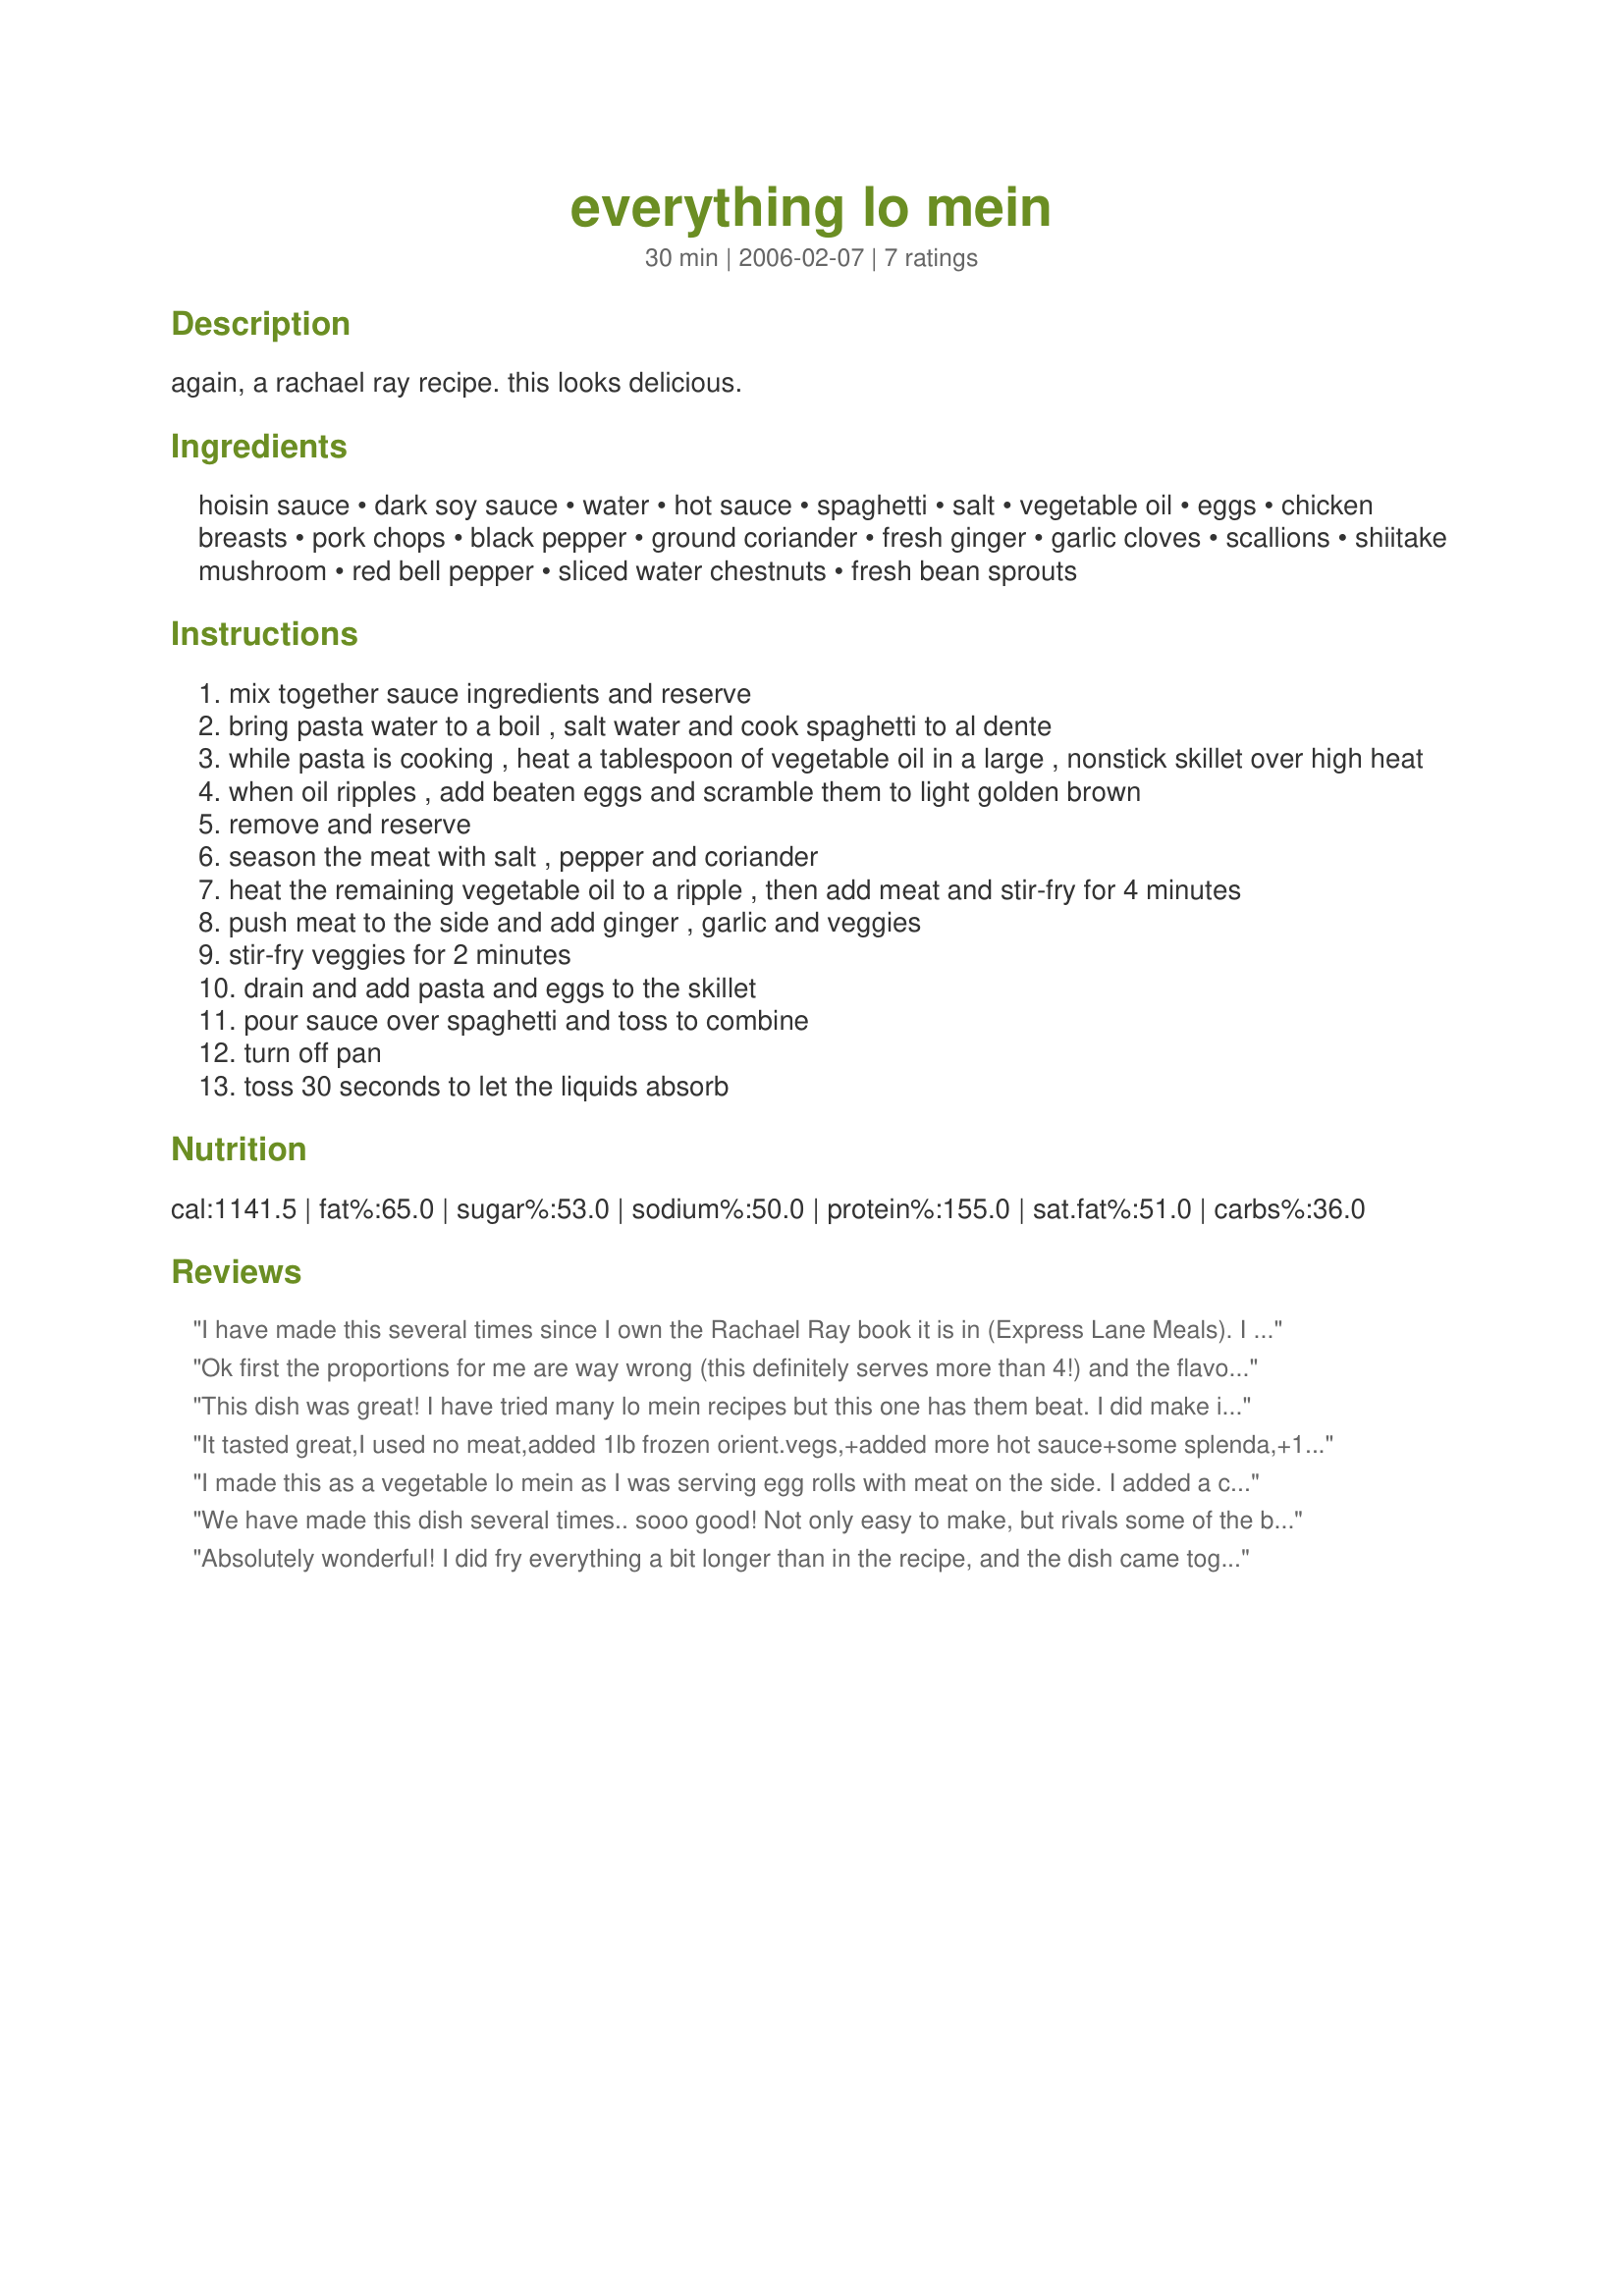
everything lo mein
Preparation time: 30 minutes

again, a rachael ray recipe. this looks delicious.

Ingredients:
hoisin sauce, dark soy sauce, water, hot sauce, spaghetti, salt, vegetable oil, eggs, chicken breasts, pork chops, black pepper, ground coriander, fresh ginger, garlic cloves, scallions, shiitake mushroom, red bell pepper, sliced water chestnuts, fresh bean sprouts

Steps:
mix together sauce ingredients and reserve
bring pasta water to a boil , salt water and cook spaghetti to al dente
while pasta is cooking , heat a tablespoon of vegetable oil in a large , nonstick skillet over high heat
when oil ripples , add beaten eggs and scramble them to light golden brown
remove and reserve
season the meat with salt , pepper and coriander
heat the remaining vegetable oil to a ripple , then add meat and stir-fry for 4 minutes
push meat to the side and add ginger , garlic and veggies
stir-fry veggies for 2 minutes
drain and add pasta and eggs to the skillet
pour sauce over spaghetti and toss to combine
turn off pan
toss 30 seconds to let the liquids absorb

Reviews:
I have made this several times since I own the Rachael Ray book it is in (Express Lane Meals). I think it is a wonderful, versatile recipe and it is in my regular rotation. I love that it's a one-dish meal, and I just use what I have on hand for meat-chicken, pork, or both. I love the flavor and my kids (4 and 6 year olds) will eat it, which is a plus. I typically leave out water chestnuts and shiitake mushrooms because I never have them. I still think it's great!
Ok first the proportions for me are way wrong (this definitely serves more than 4!) and the flavors weren't what I was hoping for.
This dish was great! I have tried many lo mein recipes but this one has them beat. I did make it without the meat and the flavor was wonderful. My whole family enjoyed it ~ thanks for posting!
It tasted great,I used no meat,added 1lb frozen orient.vegs,+added more hot sauce+some splenda,+1 more g. pepper-might add shrimp, etc some time,but did add 2lbs sliced mushrooms for the meat this time.
I made this as a vegetable lo mein as I was serving egg rolls with meat on the side. I added a can of baby corn, broccoli florets, julienned carrots, and bamboo shoots. I also omitted the hot sauce. I found the amount of fresh ginger & garlic a little overpowering, especially in the leftovers the next day. I will definitely cut those back to better suit our tastes next time, but I will be making this again. It is a terrific "use what's on hand" recipe. Thank you for posting it.
We have made this dish several times.. sooo good! Not only easy to make, but rivals some of the best chinese takeout. You can also vary the ingredients to suite your tastes. A must try if you like lo mein
Absolutely wonderful! I did fry everything a bit longer than in the recipe, and the dish came together really beautifully.
